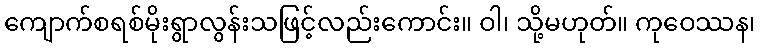
ကျောက်စရစ်မိုးရွာလွန်းသဖြင့်လည်းကောင်း။ ဝါ၊ သို့မဟုတ်။ ကုဝေဿန၊